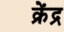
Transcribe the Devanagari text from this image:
क्रेंद्र